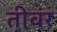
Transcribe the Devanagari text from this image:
तीवंर